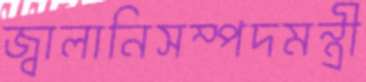
জ্বালানিসম্পদমন্ত্রী